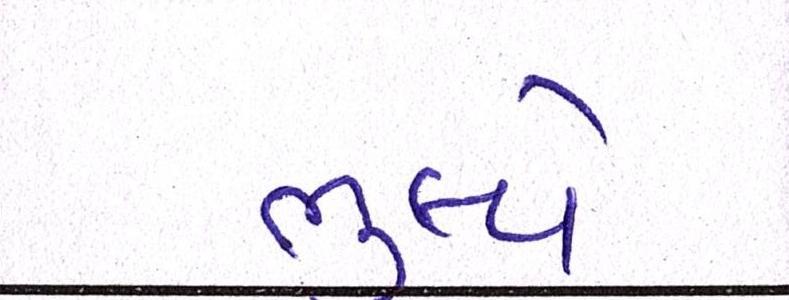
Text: ભૂલ્યો